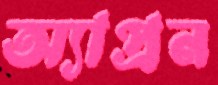
অ্যাপ্রন